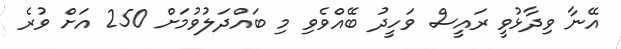
އޭނާ ވިދާޅުވީ ރައީސް ވަހީދު ބޭއްވެވި މި ބައްދަލުވުމަށް 250 އަށް ވުރެ